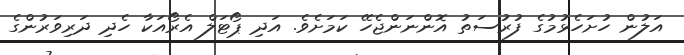
އަލުން ހުށަހެޅުމުގެ ފުރުސަތު އޮންނަންޖެހޭ ކަމަށެވެ. އަދި ޕޯޓަލް އެރޯއަކާ ހެދި ދަރިވަރުންގެ